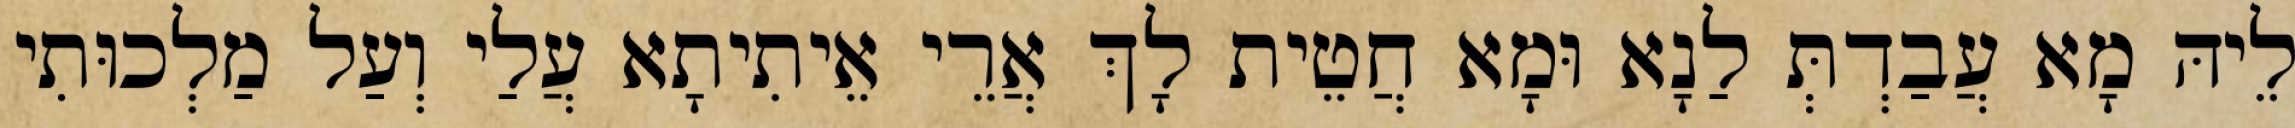
לֵיהּ מָא עֲבַדְתְּ לַנָא וּמָא חֲטֵית לָךְ אֲרֵי אֵיתִיתָא עֲלַי וְעַל מַלְכוּתִי